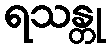
ရသန္တု